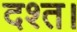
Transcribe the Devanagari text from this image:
दश्त।